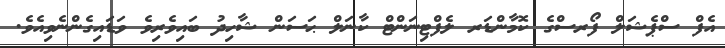
އެފް ސްޕެޝަލް ފޯރސްގެ ކޮމާންޑަރ ލެފްޓިނަންޓް ކާނަލް ޙަސަން ޝާހިދު ބައިވެރިވެ ވަޑައިގެންނެވިއެވެ.